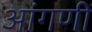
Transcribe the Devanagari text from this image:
आंगणीं